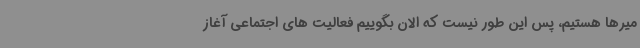
میرها هستیم، پس این طور نیست که الان بگوییم فعالیت های اجتماعی آغاز